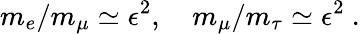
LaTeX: m_{e}/m_{\mu}\simeq\epsilon^{2},\quad m_{\mu}/m_{\tau}\simeq\epsilon^{2}~.